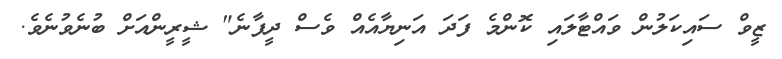
ޒީވް ސައިކަލުން ވައްޓާލައި ކޮންމެ ފަދަ އަނިޔާއެއް ވެސް ދީފާނެ" ޝީރީންއަށް ބުނެވުނެވެ.